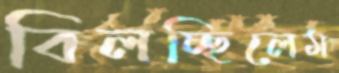
বিলচ্ছিলেম